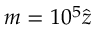
m = 1 0 ^ { 5 } \hat { z }